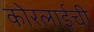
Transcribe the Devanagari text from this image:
कोरलाईची